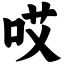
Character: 哎